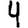
Digit: 4